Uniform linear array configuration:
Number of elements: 48
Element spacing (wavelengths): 0.5
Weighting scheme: kaiser
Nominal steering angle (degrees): -15
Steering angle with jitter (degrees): -15.001
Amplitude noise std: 0.05
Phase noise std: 0.05

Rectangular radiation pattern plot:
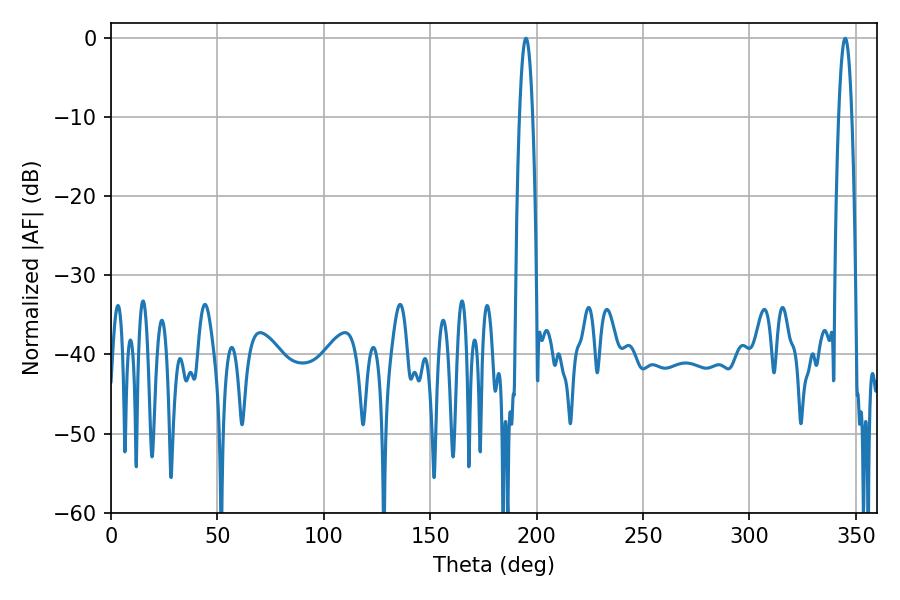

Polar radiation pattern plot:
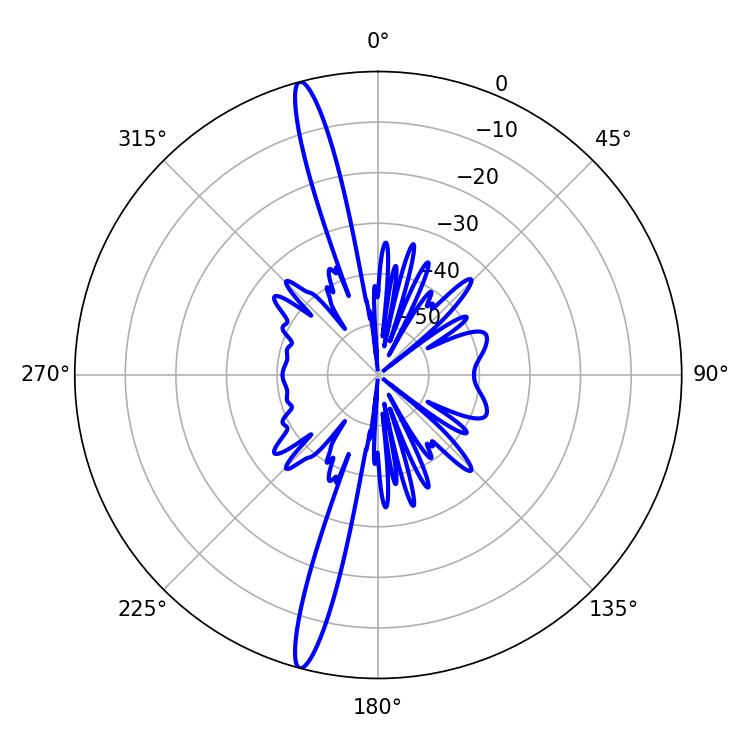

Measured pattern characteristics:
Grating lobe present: FALSE
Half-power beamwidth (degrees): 3.42
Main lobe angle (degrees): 345.06